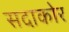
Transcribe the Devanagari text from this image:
सदाकोर